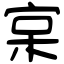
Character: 宲